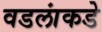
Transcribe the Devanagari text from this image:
वडलांकडे